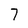
Character: 7